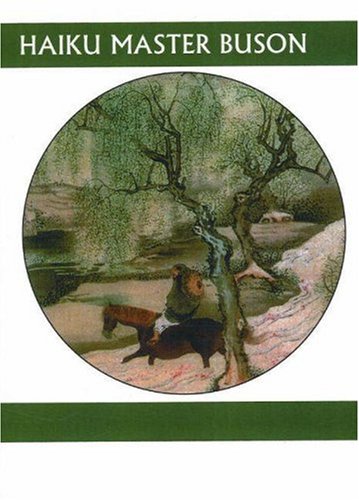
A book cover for Haiku Master Buson (Companions for the Journey); Buson; Literature & Fiction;